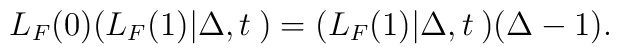
L_F(0)(L_F(1)|\Delta,t\>) = (L_F(1)|\Delta,t\>)(\Delta-1).